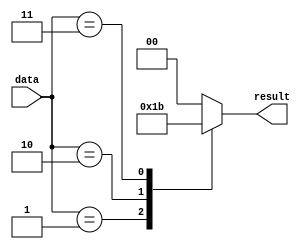
module parallel_case_statement (
    input [3:0] data,
    output reg [1:0] result
);

always @* begin
    case (data)
        4'b0000: result = 2'b00;
        4'b0001: result = 2'b01;
        4'b0010: result = 2'b10;
        4'b0011: result = 2'b11;
        default: result = 2'b00;
    endcase
end

endmodule